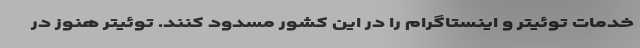
خدمات توئیتر و اینستاگرام را در این کشور مسدود کنند. توئیتر هنوز در